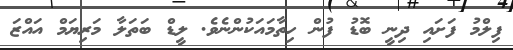
ފިލްމު ފަށައި ދިނީ ބޮޑު ފުން ހިތާމައަކުންނެވެ. ލީޑް ބަތަލާ މަރިޔަމް އައްޒަ